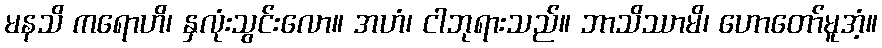
မနသိ ကရောဟိ၊ နှလုံးသွင်းလော။ အဟံ၊ ငါဘုရားသည်။ ဘာသိဿာမိ၊ ဟောတော်မူအံ့။